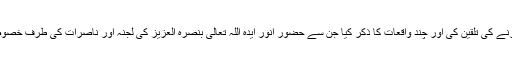
آپ نے خلافت سے وابستہ رہنے اور خلافت سے مضبوط تعلق قائم کرنے کی تلقین کی اور چند واقعات کا ذکر کیا جن سے حضورِ انور ایدہ اللہ تعالیٰ بنصرہ العزیز کی لجنہ اور ناصرات کی طرف خصوصی توجہ اور ان کے لئے بے انتہا شفقت اور محبت کا اظہار ہوتا تھا۔